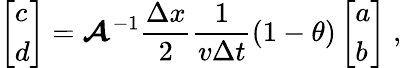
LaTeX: \left[\begin{array}{l}{c}\\ {d}\end{array}\right]=\boldsymbol{\mathcal{A}}^{-1}\frac{\Delta x}{2}\frac{1}{v\Delta t}(1-\theta)\left[\begin{array}{l}{a}\\ {b}\end{array}\right]\; ,